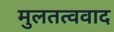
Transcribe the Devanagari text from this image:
मुलतत्ववाद